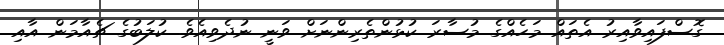
ގޮސްފައިވާއިރު އެތައް މަހެއްގެ މުސާރަ ކުޅުންތެރިންނަށް ވަނީ ނުދެވިއެވެ. ކުލަބުގެ ޗެއާމަން އާއި